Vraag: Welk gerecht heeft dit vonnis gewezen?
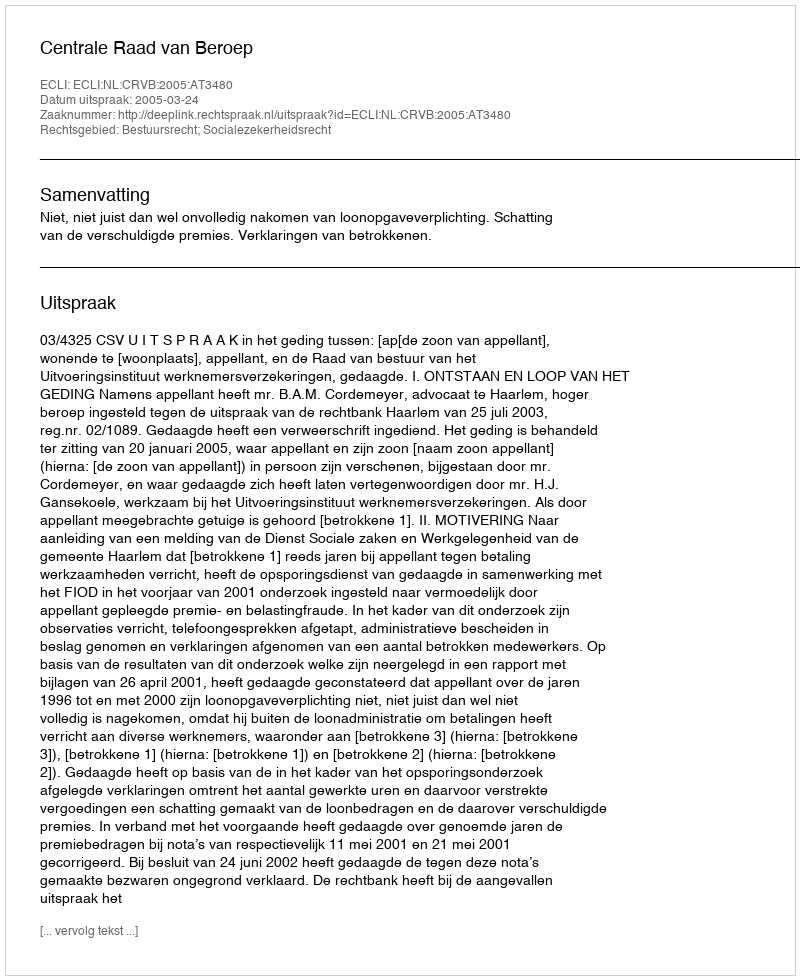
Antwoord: Centrale Raad van Beroep